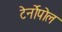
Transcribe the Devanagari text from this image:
टेर्नोपोल